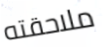
ملاحقته